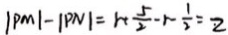
\vert P M \vert - \vert P N \vert = 1 + \frac { 5 } { 2 } - 1 - \frac { 1 } { 2 } = 2